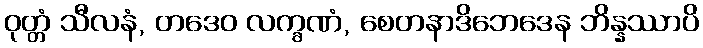
ဝုတ္တံ သီလနံ, တဒေဝ လက္ခဏံ, စေတနာဒိဘေဒေန ဘိန္နဿာပိ